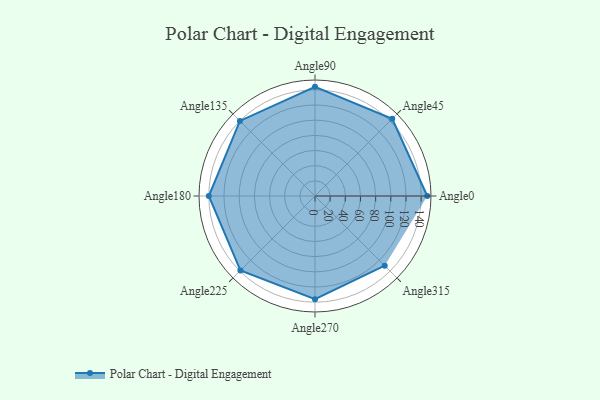
{"axis": {"x": "Angle", "y": "Radius"}, "legend": [""], "data": [{"x": "Angle0", "y": 148.0, "type": ""}, {"x": "Angle45", "y": 144.0, "type": ""}, {"x": "Angle90", "y": 144.0, "type": ""}, {"x": "Angle135", "y": 140.0, "type": ""}, {"x": "Angle180", "y": 140.0, "type": ""}, {"x": "Angle225", "y": 139.0, "type": ""}, {"x": "Angle270", "y": 136.0, "type": ""}, {"x": "Angle315", "y": 130.0, "type": ""}]}